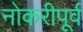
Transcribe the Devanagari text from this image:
नोकरीपूर्व